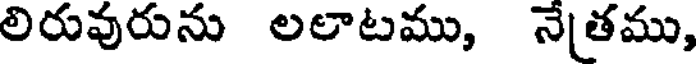
లిరువురును లలాటము, నేతము,